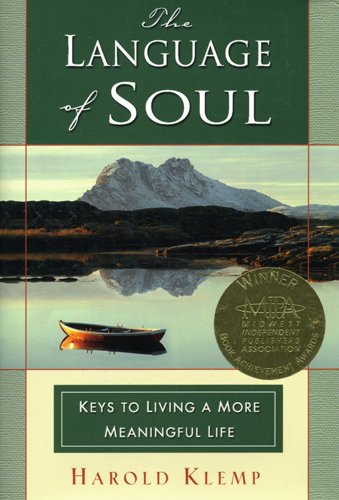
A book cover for The Language of Soul; Harold Klemp; Religion & Spirituality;